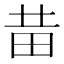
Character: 𤰻